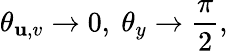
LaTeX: \theta_{\mathbf{u},v}\rightarrow0,\ \theta_{y}\rightarrow{\frac{{\pi}}{{2}}},